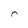
Character: r